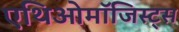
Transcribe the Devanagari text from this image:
एथिओमॉजिस्ट्स